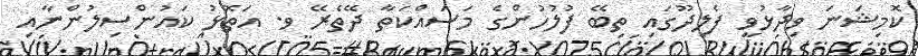
ކޮމިޝަނަ ވިދާޅުވީ ފެލިދޫގައި ތިބޭ ފުލުހުންގެ މަސައްކަތާ ދޭތެރޭ ވ. އަތޮޅު ކައުންސިލުންނާއި